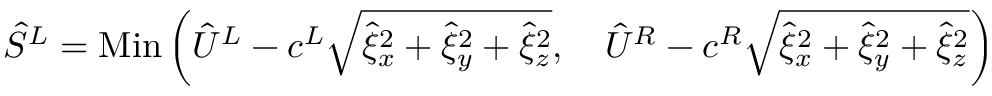
\hat { S } ^ { L } = \operatorname { M i n } \left( \hat { U } ^ { L } - c ^ { L } \sqrt { \hat { \xi } _ { x } ^ { 2 } + \hat { \xi } _ { y } ^ { 2 } + \hat { \xi } _ { z } ^ { 2 } } , \quad \hat { U } ^ { R } - c ^ { R } \sqrt { \hat { \xi } _ { x } ^ { 2 } + \hat { \xi } _ { y } ^ { 2 } + \hat { \xi } _ { z } ^ { 2 } } \right)